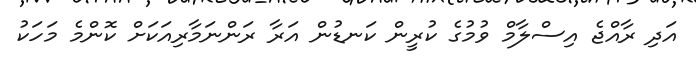
އަދި ރާއްޖެ އިސްލާމް ވުމުގެ ކުރީން ކަނޑުން އަރާ ރަންނަމާރިއަކަށް ކޮންމެ މަހަކު